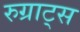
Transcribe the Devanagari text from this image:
रुग्राट्स